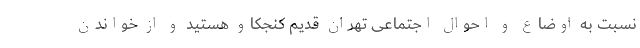
نسبت به اوضاع و احوال اجتماعی تهران قدیم کنجکاو هستید و از خواندن